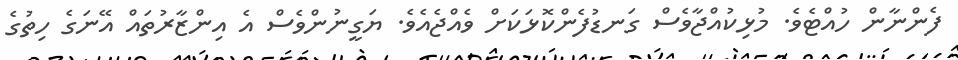
ފެންނާން ހުއްޓެވެ. މުޅިކުއްޖާވެސް ގަނޑުފެންކޮޅަކަށް ވެއްޖެއެވެ. ޔަގީނުންވެސް އެ އިންޒާރުތައް އޭނަގެ ހިތުގެ